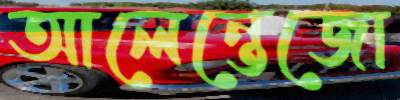
আলেন্তেজো